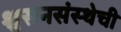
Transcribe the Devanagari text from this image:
श्वसनसंस्थेची